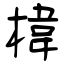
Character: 椲